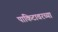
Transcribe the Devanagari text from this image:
पाकिटावरच्या